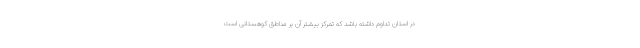
در استان تداوم داشته باشد که تمرکز بیشتر آن بر مناطق کوهستانی است